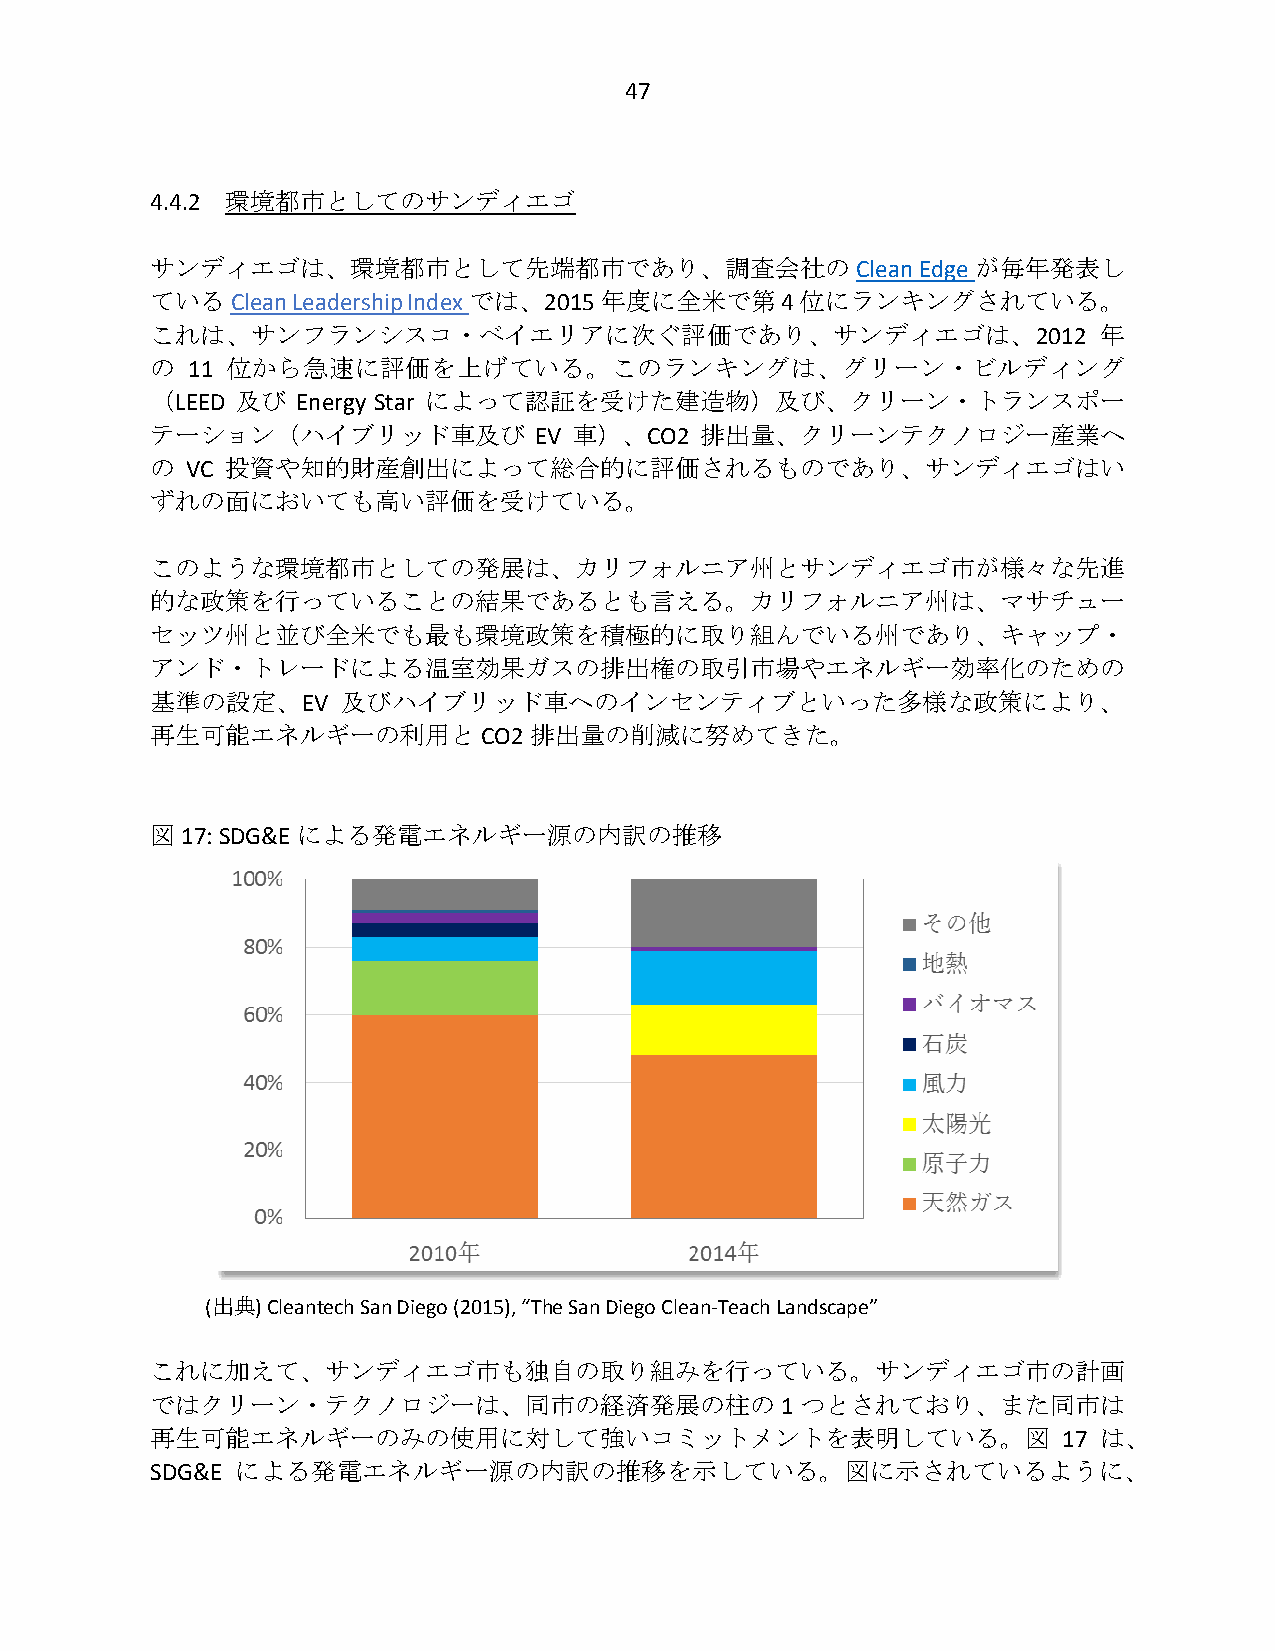
47
 4.4.2 環境都市としてのサンディエゴ
 サンディエゴは、環境都市として先端都市であり、調査会社の                   Clean Edge が毎年発表し
 ているClean Leadership Indexでは、2015年度に全米で第4位にランキングされている。
 これは、サンフランシスコ・ベイエリアに次ぐ評価であり、サンディエゴは、2012                        年
 の 11 位から急速に評価を上げている。このランキングは、グリーン・ビルディング
 （LEED 及び  Energy Star によって認証を受けた建造物）及び、クリーン・トランスポー
 テーション（ハイブリッド車及び          EV 車）、CO2  排出量、クリーンテクノロジー産業へ
 の VC 投資や知的財産創出によって総合的に評価されるものであり、サンディエゴはい
 ずれの面においても高い評価を受けている。
 このような環境都市としての発展は、カリフォルニア州とサンディエゴ市が様々な先進
 的な政策を行っていることの結果であるとも言える。カリフォルニア州は、マサチュー
 セッツ州と並び全米でも最も環境政策を積極的に取り組んでいる州であり、キャップ・
 アンド・トレードによる温室効果ガスの排出権の取引市場やエネルギー効率化のための
 基準の設定、EV     及びハイブリッド車へのインセンティブといった多様な政策により、
 再生可能エネルギーの利用と         CO2 排出量の削減に努めてきた。
 図 17: SDG&E による発電エネルギー源の内訳の推移
 (出典) Cleantech San Diego (2015), “The San Diego Clean-Teach Landscape”
 これに加えて、サンディエゴ市も独自の取り組みを行っている。サンディエゴ市の計画
 ではクリーン・テクノロジーは、同市の経済発展の柱の1                 つとされており、また同市は
 再生可能エネルギーのみの使用に対して強いコミットメントを表明している。図                        17 は、
 SDG&E による発電エネルギー源の内訳の推移を示している。図に示されているように、